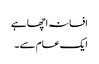
افسانہ اچھا ہے
ایک عام سے ۔